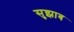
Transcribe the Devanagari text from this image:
सुझाब